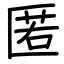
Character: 匿